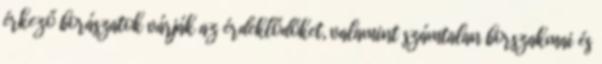
érkező borászatok várják az érdeklődőket, valamint számtalan borszakmai és